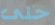
حتى